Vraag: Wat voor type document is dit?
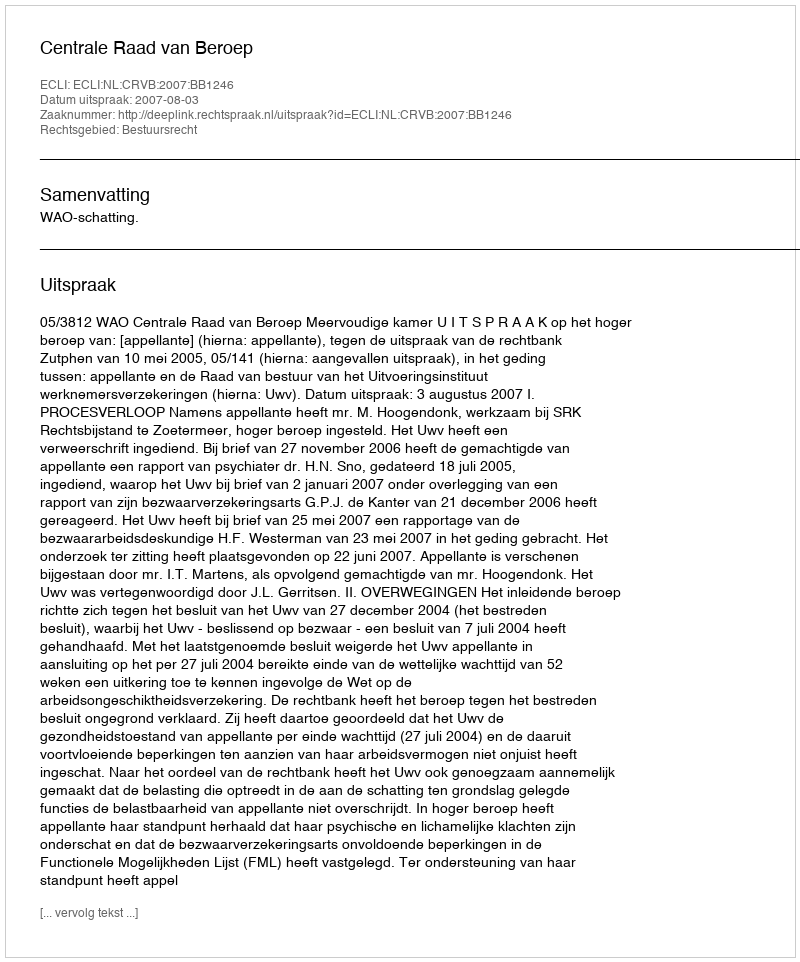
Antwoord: Uitspraak